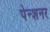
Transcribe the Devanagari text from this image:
पेन्शनर